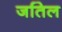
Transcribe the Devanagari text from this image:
जतिल